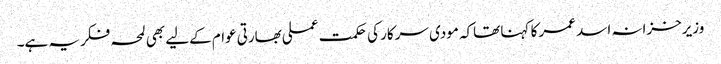
وزیرخزانہ اسد عمر کا کہنا تھاکہ مودی سرکار کی حکمت عملی بھارتی عوام کےلیے بھی لمحہ فکریہ ہے۔